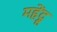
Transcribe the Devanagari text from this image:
महेंद्रू